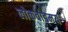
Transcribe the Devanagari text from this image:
लोकवाड्मय